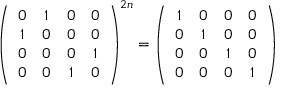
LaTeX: \left( \begin{array} { c c c c } { { 0 } } & { { 1 } } & { { 0 } } & { { 0 } } \\ { { 1 } } & { { 0 } } & { { 0 } } & { { 0 } } \\ { { 0 } } & { { 0 } } & { { 0 } } & { { 1 } } \\ { { 0 } } & { { 0 } } & { { 1 } } & { { 0 } } \end{array} \right) ^ { 2 n } = \left( \begin{array} { c c c c } { { 1 } } & { { 0 } } & { { 0 } } & { { 0 } } \\ { { 0 } } & { { 1 } } & { { 0 } } & { { 0 } } \\ { { 0 } } & { { 0 } } & { { 1 } } & { { 0 } } \\ { { 0 } } & { { 0 } } & { { 0 } } & { { 1 } } \end{array} \right)